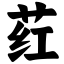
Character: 荭